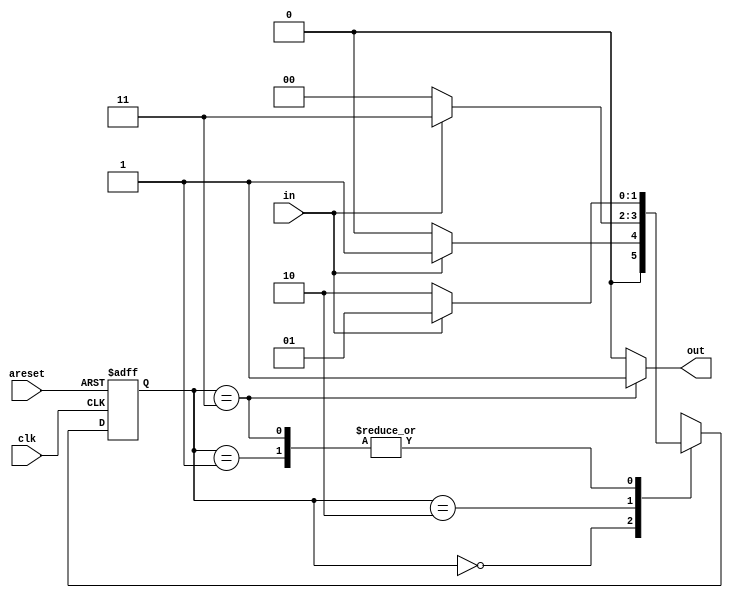
// This program was cloned from: https://github.com/anik-m/hdlbits_for_verilog
// License: GNU General Public License v3.0

module top_module(
    input clk,
    input in,
    input areset,
    output out); //

    parameter A=0, B=1, C=2, D=3;
    reg [1:0] state, next_state;
    // State transition logic
    always @(*) begin
        case(state)
            A: next_state<=(in)?B:A;
            B: next_state<=(in)?B:C;
            C: next_state<=(in)?D:A;
            D: next_state<=(in)?B:C;
        endcase
    end


    // State flip-flops with asynchronous reset
    always @(posedge clk, posedge areset) begin
        if(areset)
            state<=A;
        else
            state<=next_state;
    end

    // Output logic
    assign out = (state==D)?1:0;

endmodule